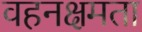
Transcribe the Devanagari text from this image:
वहनक्षमता